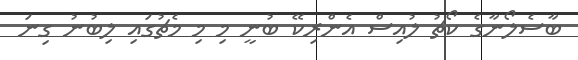
ބާސެލޯނާގެ ކޯޗު ލުއިސް އެންރިކޭ ބުނީ މި މި މެޗުގައި ލިބުނު ގިނަ